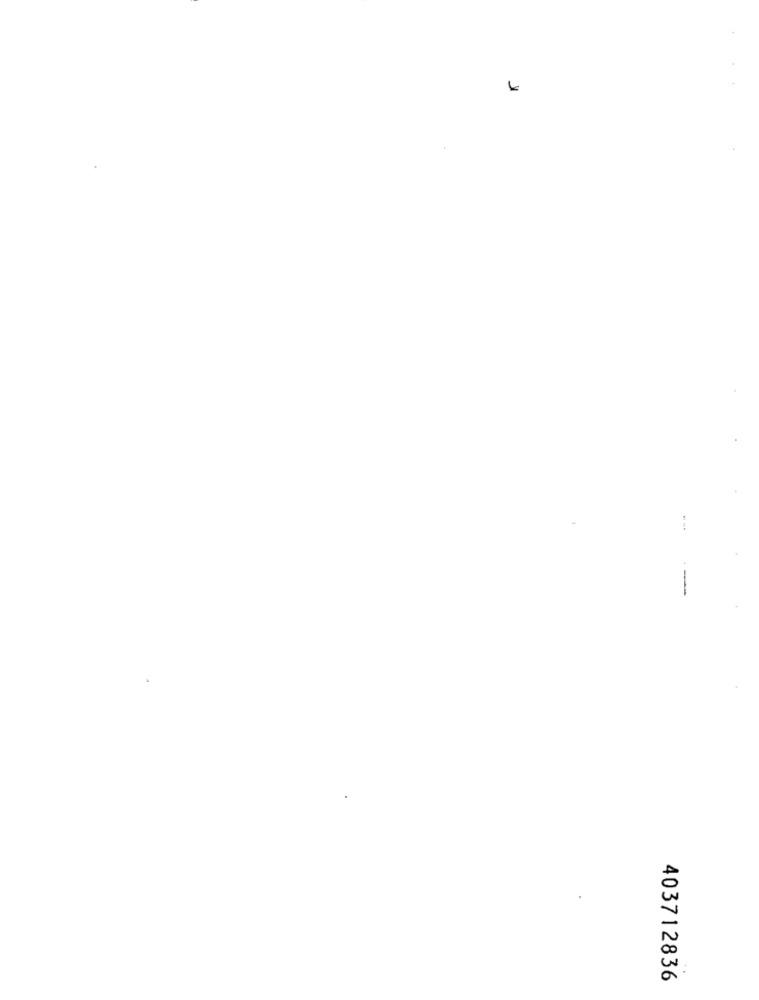
403712836